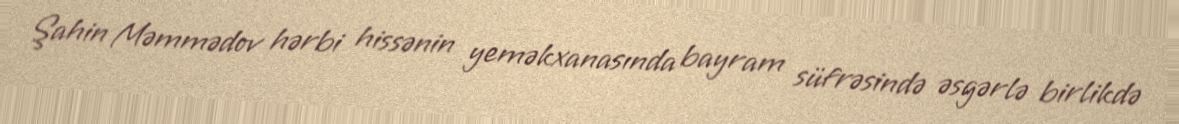
Şahin Məmmədov hərbi hissənin yeməkxanasında bayram süfrəsində əsgərlə birlikdə